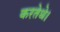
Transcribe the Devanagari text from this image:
करतेथे।